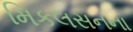
મિકલસનના